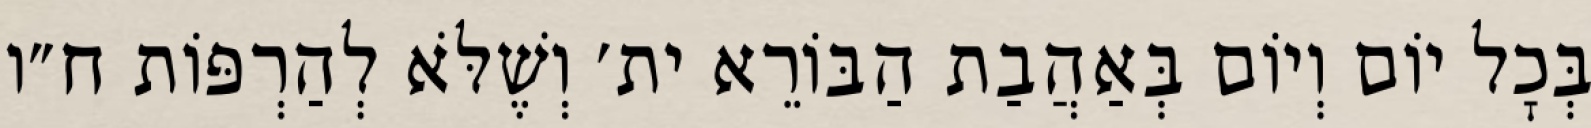
בְּכׇל יוֹם וְיוֹם בְּאַהֲבַת הַבּוֹרֵא ית׳ וְשֶׁלֹּא לְהַרְפּוֹת ח״ו